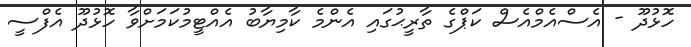
ހޮޅުދޫ - އެސްއެމްއެސް ކަޕްގެ ތާރީޙުގައި އެންމެ ކާމިޔާބު އެއްޓީމުކަމަށްވާ ހޮޅުދޫ އެފްސީ